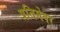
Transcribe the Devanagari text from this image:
प्रतिमेवर